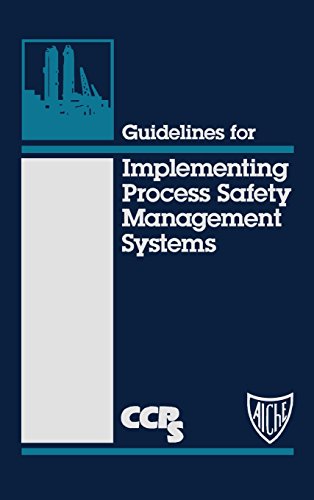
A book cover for Guidelines for Implementing Process Safety Management Systems; CCPS (Center for Chemical Process Safety); Science & Math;